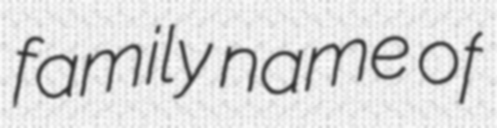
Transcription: family name of